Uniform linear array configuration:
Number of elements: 8
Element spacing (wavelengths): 0.25
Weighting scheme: exponential
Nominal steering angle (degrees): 60
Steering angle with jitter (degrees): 58.587
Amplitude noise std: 0.05
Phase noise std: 0.05

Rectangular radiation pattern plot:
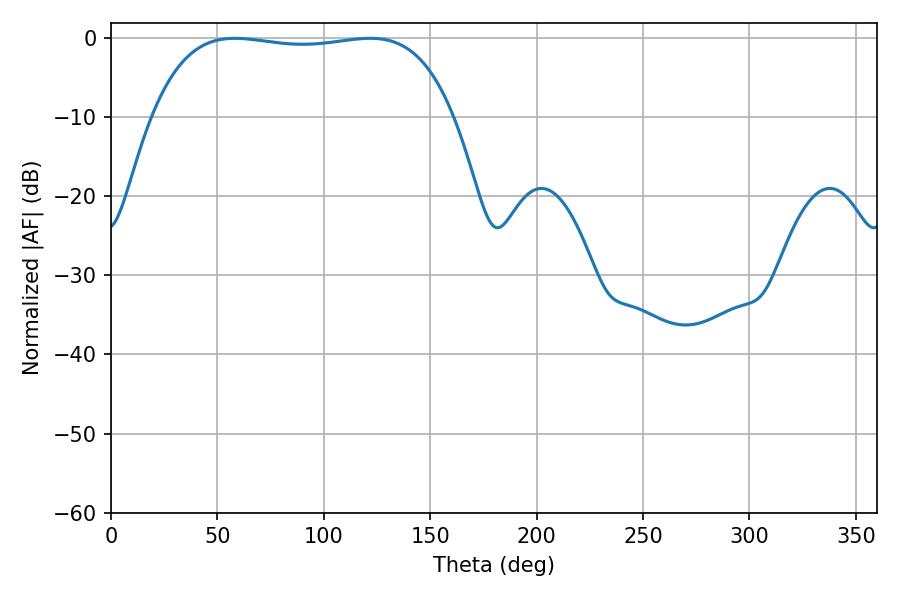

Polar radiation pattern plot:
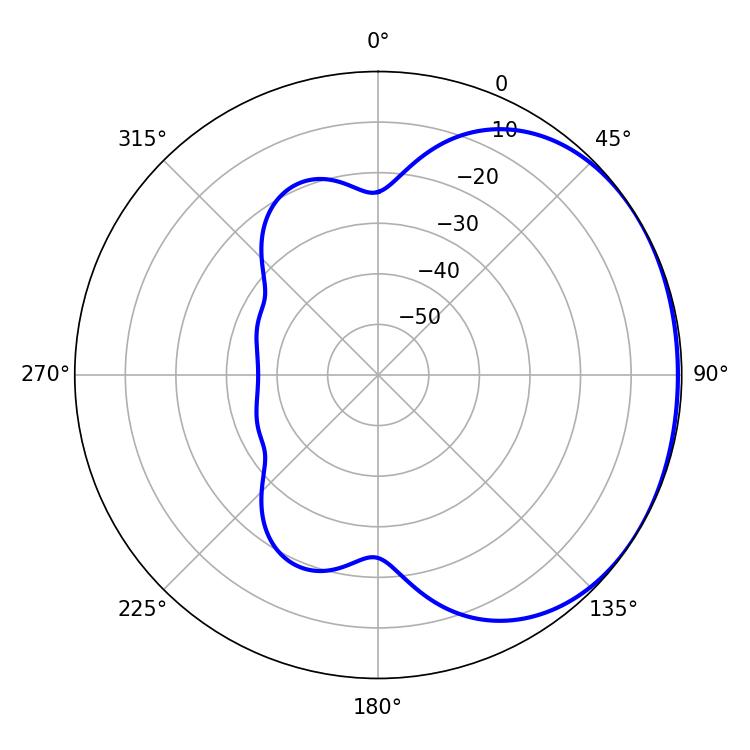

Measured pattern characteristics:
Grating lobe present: FALSE
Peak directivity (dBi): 1.118
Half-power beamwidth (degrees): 112.68
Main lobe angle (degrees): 58.14